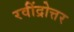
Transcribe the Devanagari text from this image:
रवींद्रोत्तर